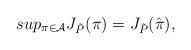
LaTeX: \begin{align*}sup_{\pi \in \mathcal{A}}J_{\tilde{P}}(\pi)=J_{\tilde{P}}(\hat{\pi}),\end{align*}